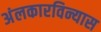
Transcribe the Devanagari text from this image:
अंलकारविन्यास